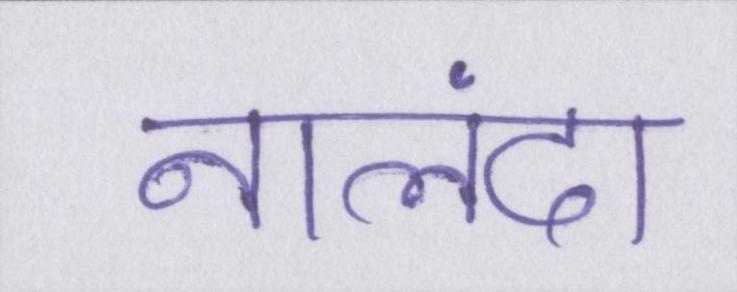
नालंदा